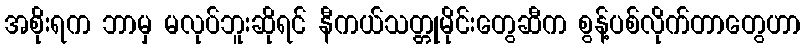
အစိုးရက ဘာမှ မလုပ်ဘူးဆိုရင် နီကယ်သတ္တုမိုင်းတွေဆီက စွန့်ပစ်လိုက်တာတွေဟာ